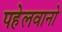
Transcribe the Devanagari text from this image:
पहेलवानो